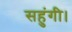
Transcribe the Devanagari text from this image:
सहुंगी।